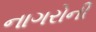
નાગરોની